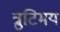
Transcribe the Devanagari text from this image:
त्रुटिमय